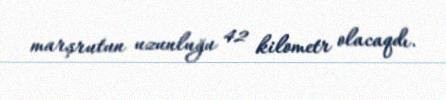
marşrutun uzunluğu 42 kilometr olacaqdı.